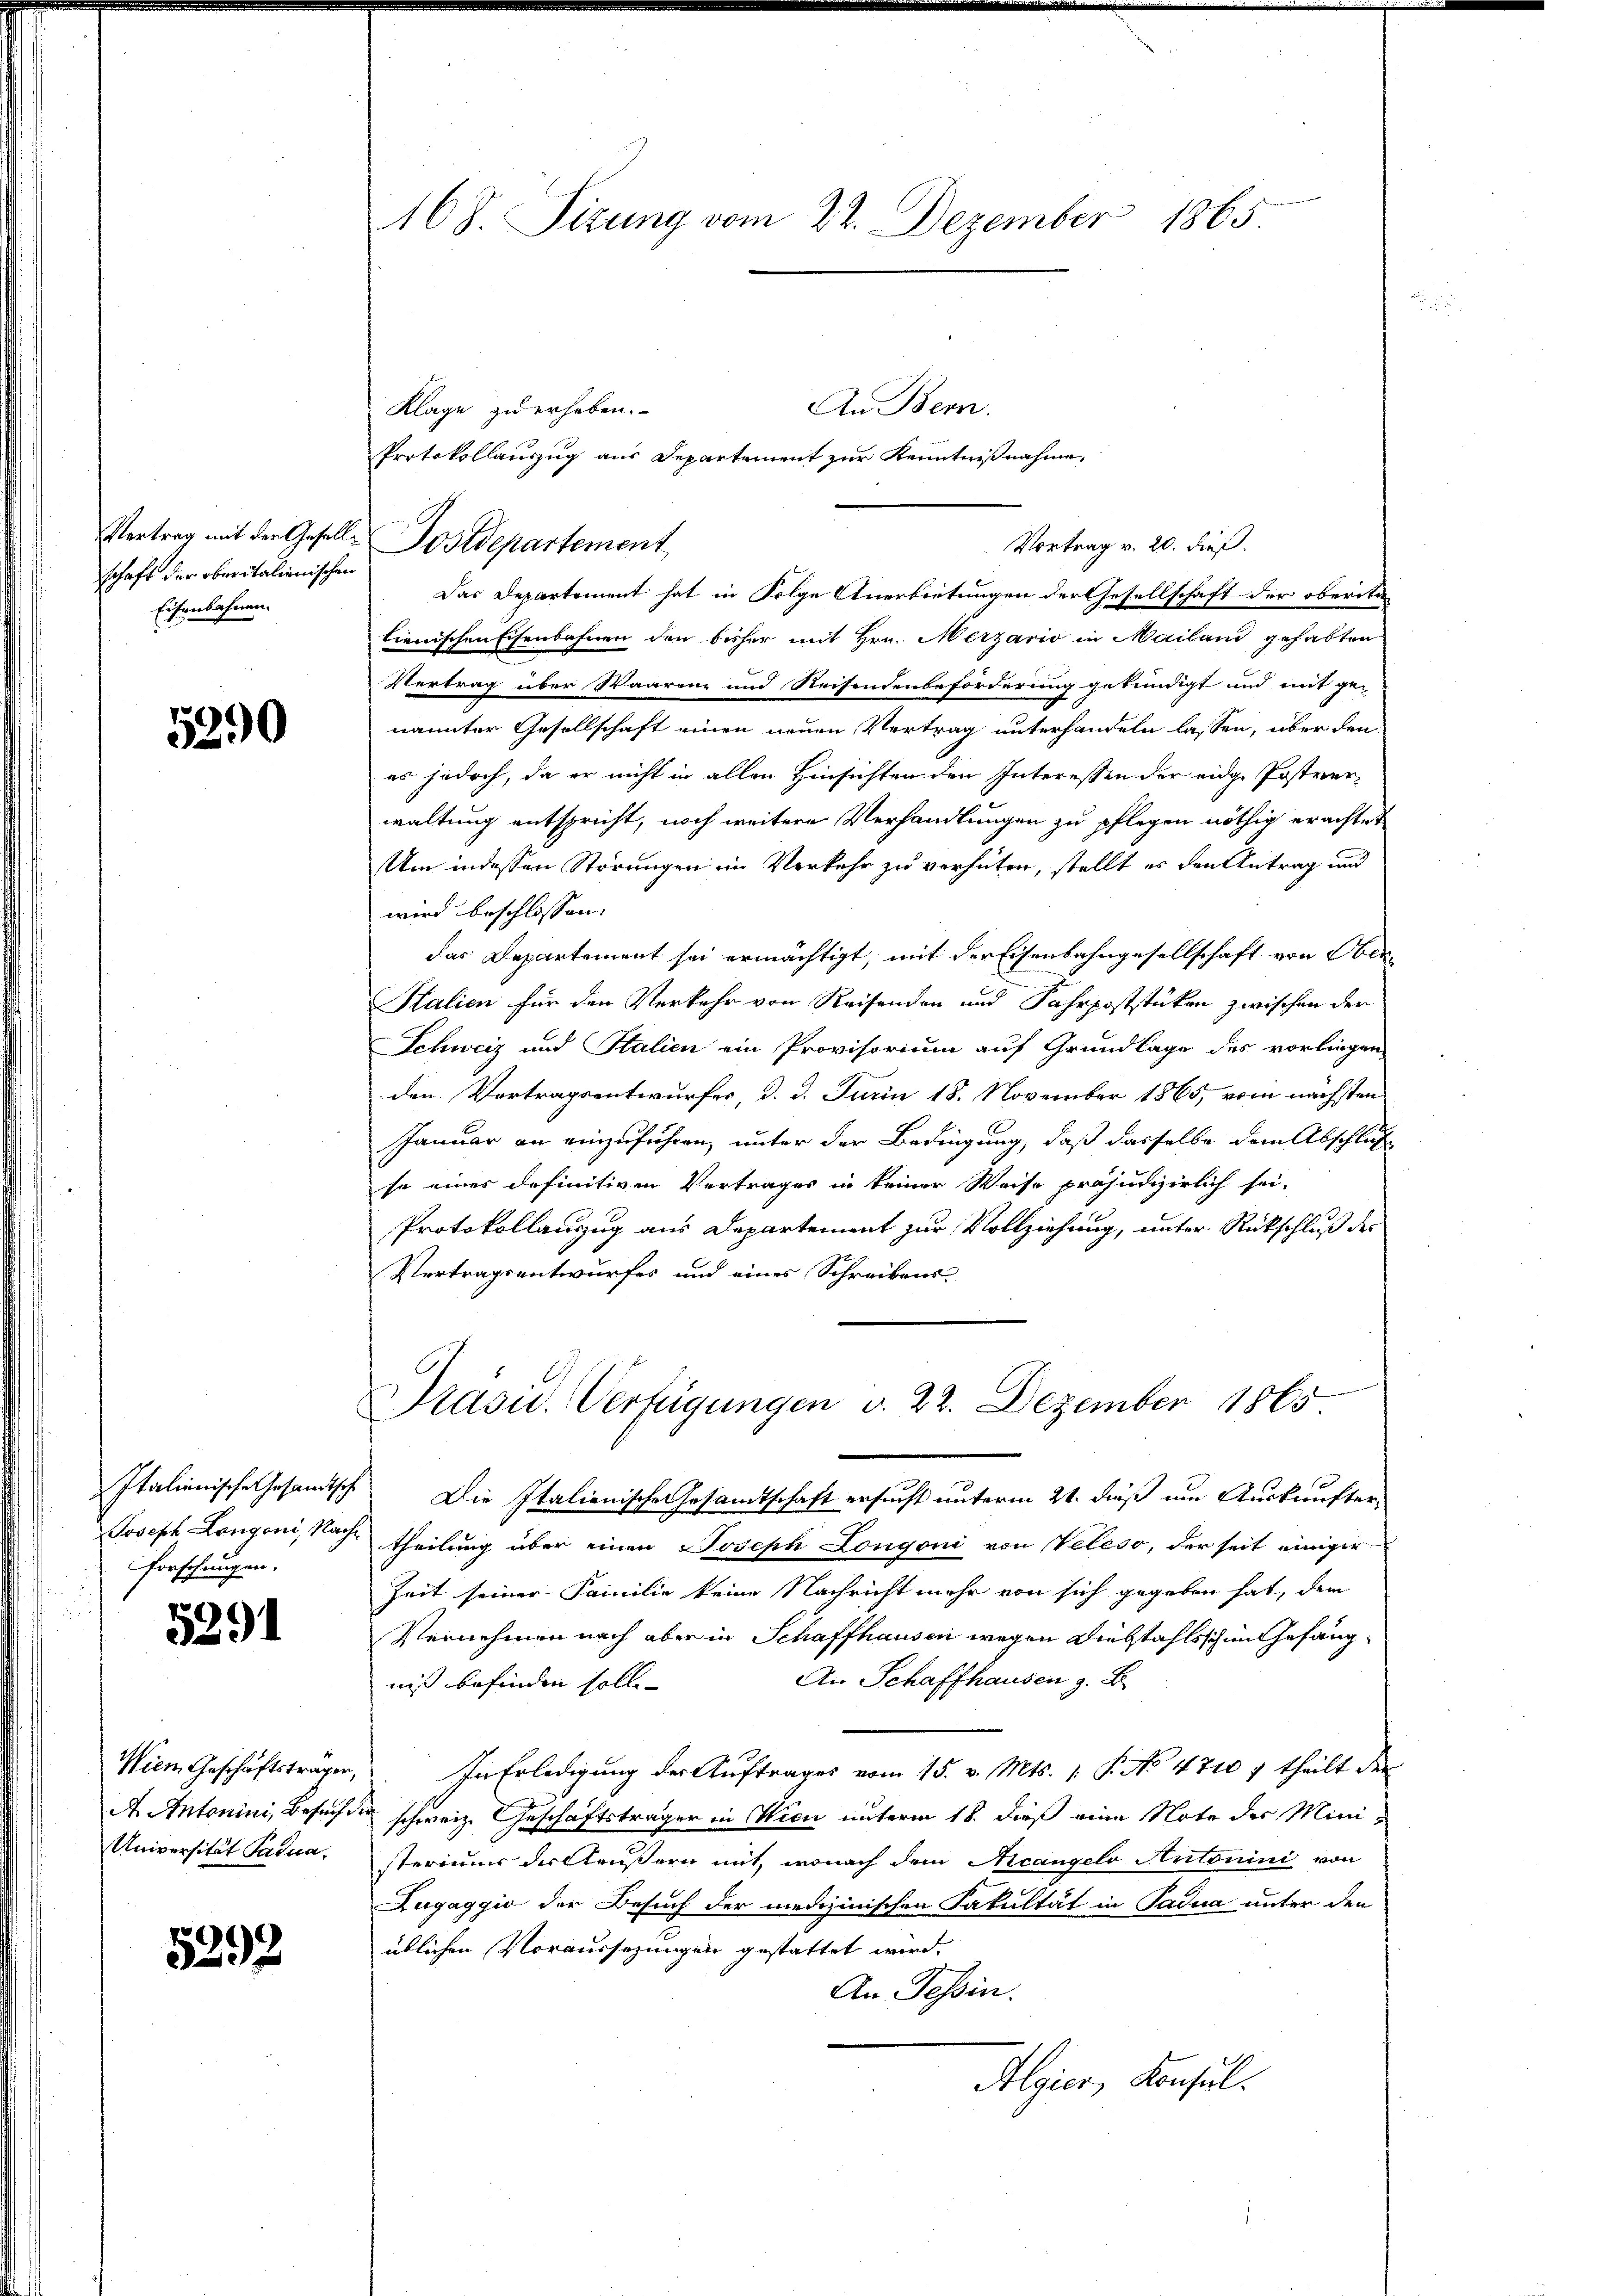
schaft der oberitalienischen
Eisenbahnen.

5290

Italienische Gesandtsche
Joseph Longoni, Nachforschungen.

5291

Wien Geschäftsträger,
Universität Padua.

5292

168. Sizung vom 22. Dezember 1865.

An Bern.
Klage zu erheben.
Protokollauszug aus Departement zur Kenntnißnahme,
Das Departement hat in Folge Anerbietungen der Gesellschaft der oberita
lienischen Eisenbahnen den bisher mit Hrn. Merzario in Mailand gehabter
Vertrag über Waarenz und Reisendenbeforderung gekündigt und mit ge-
nannter Gesellschaft einen neuen Vertrag unterhandeln lassen, über den
es jedoch, da er nicht in allen Hinsichten den Interessen der eidge Postverwaltung entspricht, noch weitere Verhandlungen zu pflegen nöthig erachtet
Um indessen Störungen im Verkehr zu verhüten, stellt es den Antrag und
wird beschlossen:
das Departement sei ermächtigt, mit der Eisenbahngesellschaft von Ober¬
Stalien für den Verkehr von Reisenden und Fahrpoststücken zwischen der
Schweiz und Italien ein Provisorium auf Grundlage des vorliegen
den Vortragsentwurfes, d. d. Jurin 18. November 1865, vom nächsten
Januar an einzuführen, unter der Bedingung, daß dasselbe dem Abschluß
se einer definitiven Vertrages in keiner Weise präjudizierlich sei.
Protokollanzug aus Departement zur Vollziehung, unter Rückschluß des
Vertragsentwurfes und eines Schreibens
Präsid. Verfügungen d. 22. Dezember 1865.
Die Italienische Gesandtschaft ersucht unterm 21. dieß um Auskunfter
theilung über einen Joseph Longoni von Veleso, der seit einiger
Zeit seiner Familie keine Nachricht mehr von sich gegeben hat, dem
Vernehmen nach aber in Schaffhausen wegen Diebstahls sich in Gefäng¬
An Schaffhausen z. B.
niß befinden soll.
In Erledigung der Auftrages vom 15. v. Mts. 1. P. No 4710 f theilt der
A. Antonini, Besuch den schweiz. Geschäftsträger in Wien unterm 18. dieß eine Note der Ministeriums der Aeußern mit, wonach dem Acangelo Antonini von
Zugaggić der Besuch der medizinischen Fakultät in Padua unter den
üblichen Voraussezungen gestattet wird.
An Tessin.
Algier, Konsul

Vertrag mit der Geselle Postdepartement,

Vortrag v. 20. dieß.